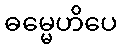
ဓမ္မေဟိပေ